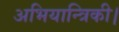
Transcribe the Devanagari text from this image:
अभियान्त्रिकी।